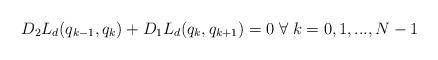
LaTeX: \begin{align*} D_2L_d(q_{k-1},q_k)+D_1L_d(q_k,q_{k+1})=0 \; \forall \; k=0,1,...,N-1\end{align*}